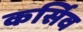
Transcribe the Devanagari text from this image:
कर्सिव